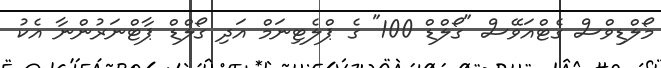
މޯލްޑިވްސް ގެޓްއަވޭސް "ގޯލްޑް 100" ގެ ޕްލެޓިނަމް އަދި ގޯލްޑް ޕާޓްނަރުންނާ އެކު